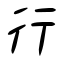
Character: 行